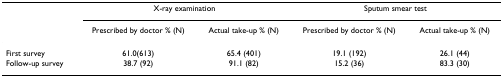
|  | <COLSPAN=2> X-ray examination | <COLSPAN=2> Sputum smear test |
 |  | Prescribed by doctor % (N) | Actual take-up % (N) | Prescribed by doctor % (N) | Actual take-up % (N) |
 | --- | --- | --- | --- | --- |
 | First survey | 61.0(613) | 65.4 (401) | 19.1 (192) | 26.1 (44) |
 | Follow-up survey | 38.7 (92) | 91.1 (82) | 15.2 (36) | 83.3 (30) |